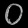
Digit: ၀